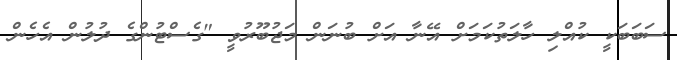
ސަބަބަކީ ކުއްލި ހާލަތުކަމަށް އޭނާ އަށް ބުނަން މަޖުބޫރުވީ "ގެސްޓުންގެ ދުލުން އެހެން